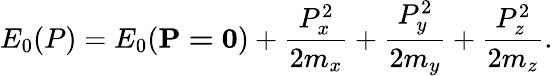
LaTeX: E_{0}(P)=E_{0}(\mathbf{P=0})+\frac{P_{x}^{2}}{2m_{x}}+\frac{P_{y}^{2}}{2m_{y}}+\frac{P_{z}^{2}}{2m_{z}}.